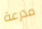
مدرعة